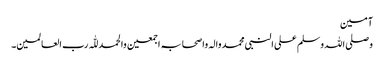
آمین
وصلی اللہ وسلم علی النبی محمد والہ واصحابہ اجمعین والحمد للّٰہ رب العالمین۔